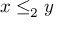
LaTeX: x \leq _ { 2 } y